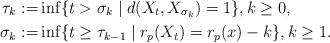
LaTeX: \begin{align*}\tau_k:=&\inf\{t>\sigma_k\mid d(X_t,X_{\sigma_k})=1\},k\geq0,\\\sigma_k:=&\inf\{t\geq\tau_{k-1}\mid r_p(X_t)=r_p(x)-k\},k\geq1.\end{align*}